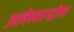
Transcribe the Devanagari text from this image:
अलेस्सान्द्रोला